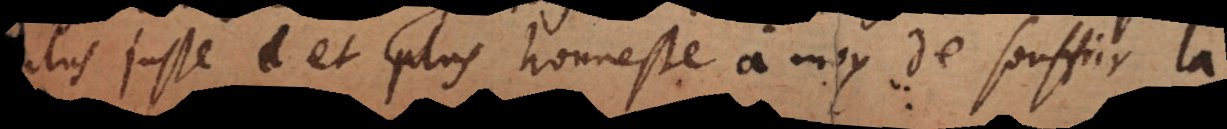
plus juste et plus honneste à moy de souffrir la